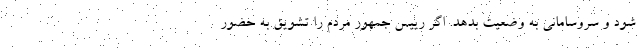
شود و سروسامانی به وضعیت بدهد. اگر رییس جمهور مردم را تشویق به حضور